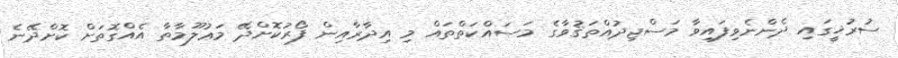
ސުރުޚީގައި ދެންނެވިފައިވާ މަސްޖިދުއްތަޤުވާގެ މަސައްކަތްތައް މި އިދާރާއިން ފޯރުކޮށްދޭ މަޢުލޫމާތާ އެއްގޮތަށް ކޮށްދޭނެ